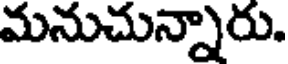
మనుచున్నారు.